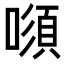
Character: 𠾫